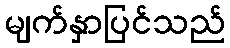
မျက်နှာပြင်သည်